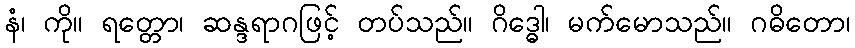
နံ၊ ကို။ ရတ္တော၊ ဆန္ဒရာဂဖြင့် တပ်သည်။ ဂိဒ္ဓေါ၊ မက်မောသည်။ ဂဓိတော၊